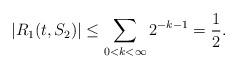
LaTeX: \begin{align*}|R_1(t,S_2)| \leq \sum_{0 < k < \infty} 2^{-k-1} = \frac{1}{2}.\end{align*}